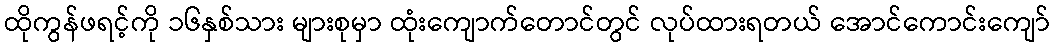
ထိုကွန်ဖရင့်ကို ၁၆နှစ်သား များစုမှာ ထုံးကျောက်တောင်တွင် လုပ်ထားရတယ် အောင်ကောင်းကျော်